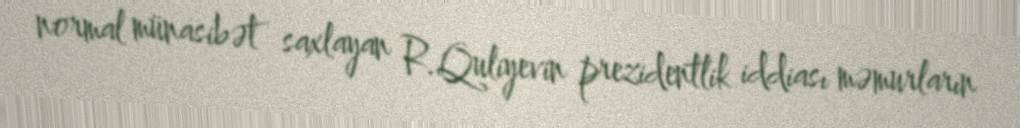
normal münasibət saxlayan R.Quliyevin prezidentlik iddiası məmurların